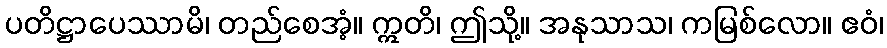
ပတိဋ္ဌာပေဿာမိ၊ တည်စေအံ့။ ဣတိ၊ ဤသို့။ အနုသာသ၊ ကမြစ်လော။ ဧဝံ၊